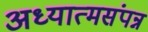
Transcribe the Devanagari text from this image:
अध्यात्मसंपन्न